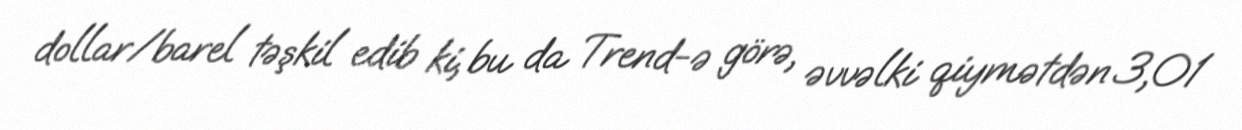
dollar/barel təşkil edib ki, bu da Trend-ə görə, əvvəlki qiymətdən 3,01